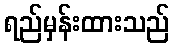
ရည်မှန်းထားသည်